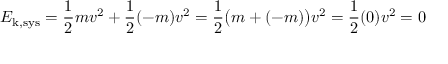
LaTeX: E _ { \mathrm { k , s y s } } = { \frac { 1 } { 2 } } m v ^ { 2 } + { \frac { 1 } { 2 } } ( - m ) v ^ { 2 } = { \frac { 1 } { 2 } } { \big ( } m + ( - m ) { \big ) } v ^ { 2 } = { \frac { 1 } { 2 } } ( 0 ) v ^ { 2 } = 0